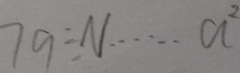
7 9 \div N \cdots a 2